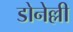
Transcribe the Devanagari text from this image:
डोनेल्ली